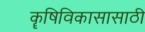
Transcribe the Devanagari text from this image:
कॄषिविकासासाठी